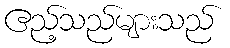
ဧည့်သည်များသည်